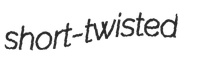
short-twisted